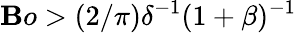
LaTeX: \mathbf{B}o>(2/\pi)\delta^{-1}(1+\beta)^{-1}